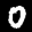
Digit: 0